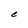
Character: C